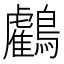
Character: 𪇦